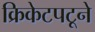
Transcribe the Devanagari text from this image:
क्रिकेटपटूने